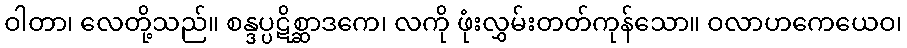
ဝါတာ၊ လေတို့သည်။ စန္ဒပ္ပဋိစ္ဆာဒကေ၊ လကို ဖုံးလွှမ်းတတ်ကုန်သော။ ဝလာဟကေယေဝ၊